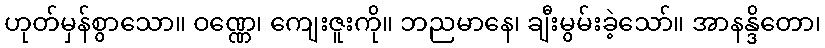
ဟုတ်မှန်စွာသော။ ဝဏ္ဏေ၊ ကျေးဇူးကို။ ဘညမာနေ၊ ချီးမွမ်းခဲ့သော်။ အာနန္ဒိတော၊